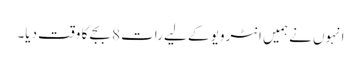
انہوں نے ہمیں انٹرویو کے لیے رات 8 بجے کا وقت دیا۔